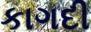
કાગદી